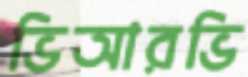
ভিআরভি